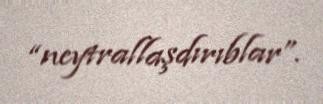
“neytrallaşdırıblar”.